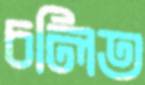
চলিত